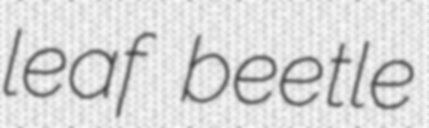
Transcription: leaf beetle